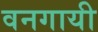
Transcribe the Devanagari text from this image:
वनगायी